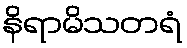
နိရာမိသတရံ